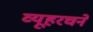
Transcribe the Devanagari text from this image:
व्यूहरचने